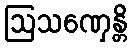
ဩသဏှေန္တိ